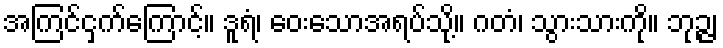
အကြင်ငှက်ကြောင့်။ ဒူရံ၊ ဝေးသောအရပ်သို့။ ဂတံ၊ သွားသားကို။ ဘုဉ္ဇ၊